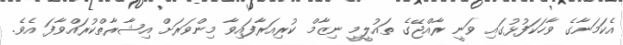
އެކަމަނާގެ ވާހަކަފުޅުގައި ވަނީ ރާއްޖޭގެ ތައުލީމީ ނިޒާމް ކުރިއަރާފައިވާ މިންވަރަށް އިޝާރާތްކުރައްވާފަ އެވެ.